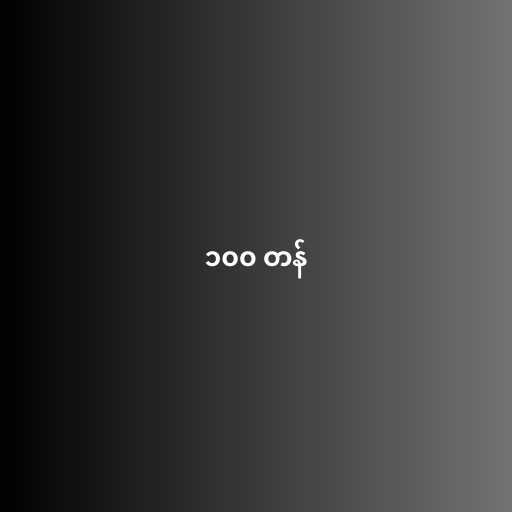
၁၀၀ တန်